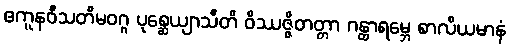
ဧကူနဝီသတိမဝဂ္ဂ ပုစ္ဆေယျာသီတိ ဝိဿဇ္ဇိတတ္တာ ဂန္ထာရမ္ဘေ စာလိယမာနံ